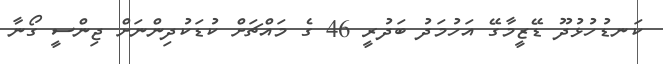
ކަނޑުހުޅުދޫ ޑޭޒީމާގޭ އަހުމަދު ބަދުރީ 46 ގެ މައްޗަށް ކުޑަކުދިންނަށް ޖިންސީ ގޯނާ